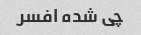
چی شده افسر